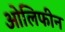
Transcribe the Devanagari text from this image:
ओलिफीन